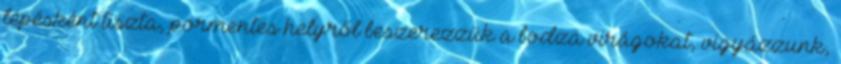
lépésként tiszta, pormentes helyről beszerezzük a bodza virágokat, vigyázzunk,